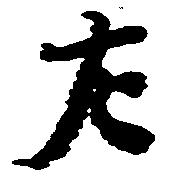
左